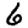
Digit: 6